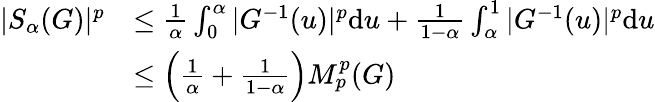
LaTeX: \begin{array}{rl}{|S_{\alpha}(G)|^{p}}&{\leq\frac{1}{\alpha}\int_{0}^{\alpha}|G^{-1}(u)|^{p}\mathrm{d}u+\frac{1}{1-\alpha}\int_{\alpha}^{1}|G^{-1}(u)|^{p}\mathrm{d}u}\\ &{\leq\Big(\frac{1}{\alpha}+\frac{1}{1-\alpha}\Big)M_{p}^{p}(G)}\end{array}